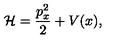
\mathcal { H } = \frac { p _ { x } ^ { 2 } } { 2 } + V ( x ) ,